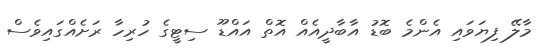
މާލޭ ފިޔަވައި އެންމެ ބޮޑު އާބާދީއެއް އޮތް އައްޑޫ ސިޓީގެ ހުރިހާ ރަށެއްގައިވެސް